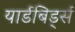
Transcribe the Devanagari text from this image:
यार्डबिर्ड्स